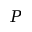
P